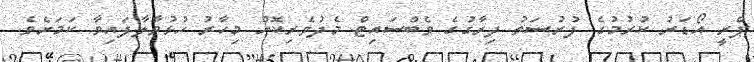
ޕްރީ އޯޑަރު ކުރުމުގެ ފުރުސަތު ދިރާގުގެ ވެބްސައިޓް މެދުވެރިކޮށް މިހާރު ހުޅުވާލާފައިވާ ކަމަށެވެ.